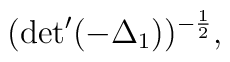
({\rm det}^{\prime} ( -         {\Delta}_{1}))^{-\frac{1}{2}},